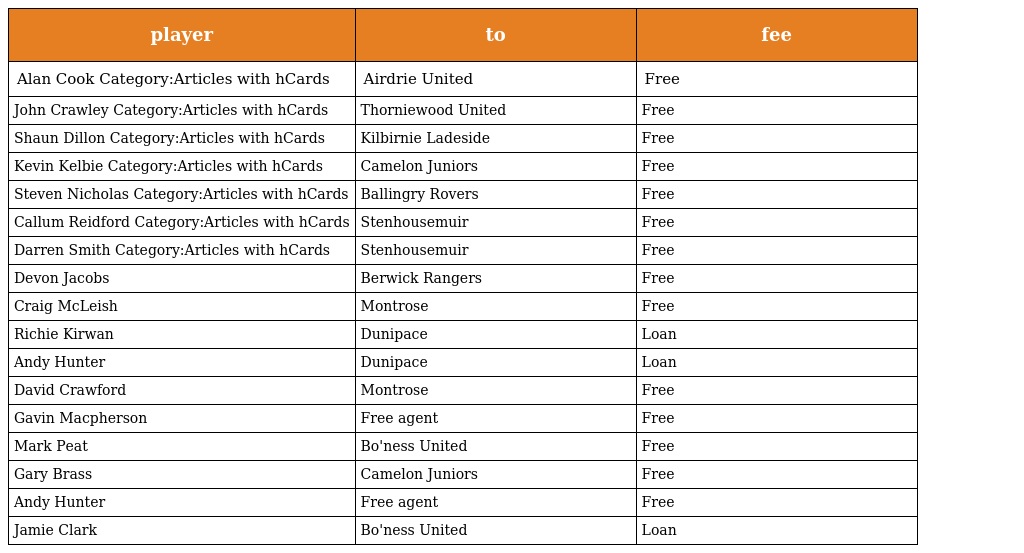
| player | to | fee |
 | --- | --- | --- |
 | Alan Cook Category:Articles with hCards | Airdrie United | Free |
 | John Crawley Category:Articles with hCards | Thorniewood United | Free |
 | Shaun Dillon Category:Articles with hCards | Kilbirnie Ladeside | Free |
 | Kevin Kelbie Category:Articles with hCards | Camelon Juniors | Free |
 | Steven Nicholas Category:Articles with hCards | Ballingry Rovers | Free |
 | Callum Reidford Category:Articles with hCards | Stenhousemuir | Free |
 | Darren Smith Category:Articles with hCards | Stenhousemuir | Free |
 | Devon Jacobs | Berwick Rangers | Free |
 | Craig McLeish | Montrose | Free |
 | Richie Kirwan | Dunipace | Loan |
 | Andy Hunter | Dunipace | Loan |
 | David Crawford | Montrose | Free |
 | Gavin Macpherson | Free agent | Free |
 | Mark Peat | Bo'ness United | Free |
 | Gary Brass | Camelon Juniors | Free |
 | Andy Hunter | Free agent | Free |
 | Jamie Clark | Bo'ness United | Loan |